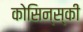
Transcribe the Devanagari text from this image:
कोसिन्स्की